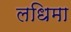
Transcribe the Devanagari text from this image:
लधिमा